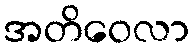
အတိဝေလာ